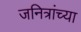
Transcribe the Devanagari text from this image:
जनित्रांच्या